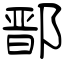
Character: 鄑